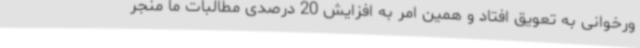
ورخوانی به تعویق افتاد و همین امر به افزایش 20 درصدی مطالبات ما منجر